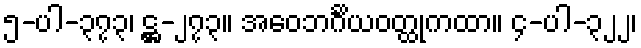
၅-ပါ-၃၇၃၊ ဋ္ဌ-၂၇၃။ အဝေဘင်္ဂိယဝတ္ထုကထာ။ ၄-ပါ-၃၂၂၊